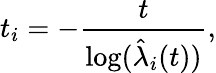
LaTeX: t_{i}=-\frac{t}{\log(\hat{\lambda}_{i}(t))},